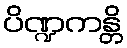
ပိဏ္ဍကန္တိ